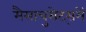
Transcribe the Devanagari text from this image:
मैसाचुसेट्समें